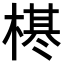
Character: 𣗠